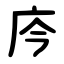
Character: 庈